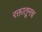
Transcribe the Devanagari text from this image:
रक्तातूनच